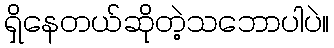
ရှိနေတယ်ဆိုတဲ့သဘောပါပဲ။